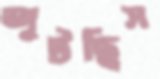
জুটছিস